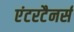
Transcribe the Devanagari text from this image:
एंटरटैनर्स